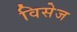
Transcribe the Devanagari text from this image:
विसेज